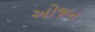
ઓજન